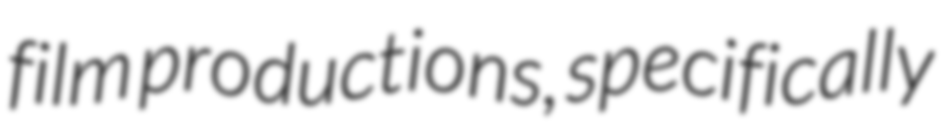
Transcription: film productions, specifically